Vaccination in Bombay 1863-1868 - 1863-1868
Year: 1863
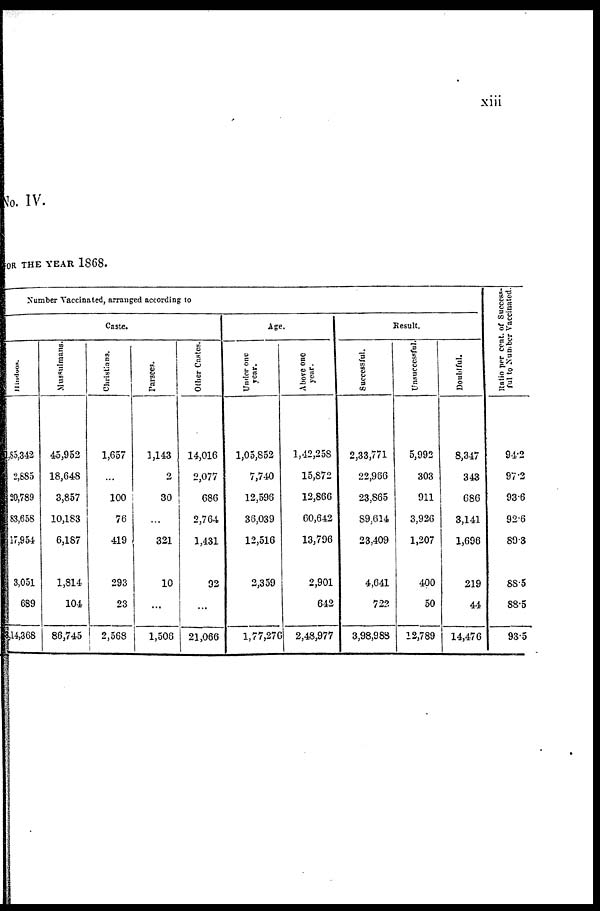
xiii
No. IV.
OR THE YEAR 1868.
Number Vaccinated, arranged according to
Caste.
Hindoos.
,85,342
2,685
20,789
83,658
17,954
3,051
689
,14,368
Mussulmans.
45,952
18,648
3,857
10,183
6,187
1,814
104
86,745
Christians.
1,657
...
100
76
419
293
23
2,568
Parees.
1,143
2
30
...
321
10
...
1,506
Other Castes.
14,016
2,077
686
2,764
1,431
92
...
21,066
Age.
Under one
year.
1,05,852
7,740
12,596
36,039
12,516
2,359
...
1,77,276
Above one
year.
1,42,258
15,872
12,866
60,642
13,796
2,901
642
2,48,977
Result.
Successful.
2,33,771
22,966
23,865
89,614
23,409
4,641
722
3,98,983
Unsuccessful.
5,992
303
911
3,926
1,207
400
50
12,789
Doubtful.
8,347
343
686
3,141
1,696
219
44
14,476
Ratio per cent. of Success-
ful to Number Vaccinated.
94.2
97.2
93.6
92.6
89.3
88.5
88.5
93.5